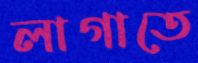
লাগাতে